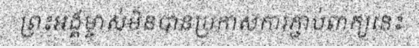
ព្រះអង្គម្ចាស់មិនបានប្រកាសការភ្ជាប់ពាក្យនេះ